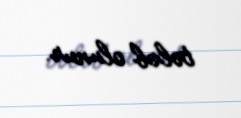
tələb olunur.